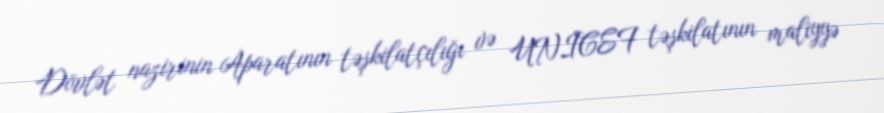
Dövlət nazirinin Aparatının təşkilatçılığı və UNICEF təşkilatının maliyyə